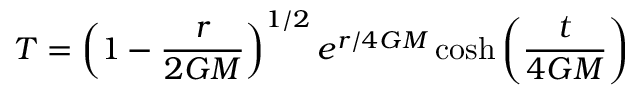
T = \left( 1 - { \frac { r } { 2 G M } } \right) ^ { 1 / 2 } e ^ { r / 4 G M } \cosh \left( { \frac { t } { 4 G M } } \right)